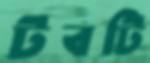
টবটি